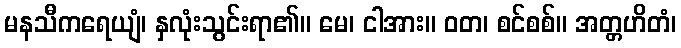
မနသီကရေယျံ၊ နှလုံးသွင်းရာ၏။ မေ၊ ငါအား။ ဝတ၊ စင်စစ်။ အတ္တဟိတံ၊